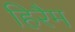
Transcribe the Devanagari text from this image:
हिरैम